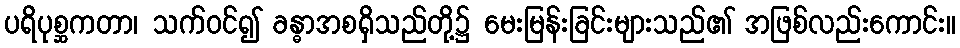
ပရိပုစ္ဆကတာ၊ သက်ဝင်၍ ခန္ဓာအစရှိသည်တို့၌ မေးမြန်းခြင်းများသည်၏ အဖြစ်လည်းကောင်း။